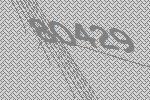
80429